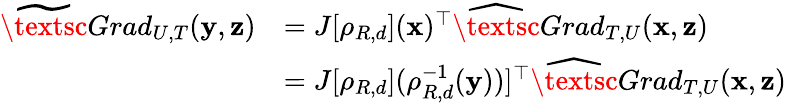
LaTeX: \begin{array}{rl}{\widetilde\textsc{Grad}_{U,T}(\mathbf{y},{\mathbf z})}&{=J[\rho_{R,d}]({\mathbf x})^{\top}\widehat\textsc{Grad}_{T,U}({\mathbf x},{\mathbf z})}\\ &{=J[\rho_{R,d}](\rho_{R,d}^{-1}(\mathbf{y}))]^{\top}\widehat\textsc{Grad}_{T,U}({\mathbf x},{\mathbf z})}\end{array}